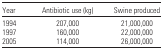
| Year | Antibiotic use (kg) | Swine produced |
 | --- | --- | --- |
 | 1994 | 207,000 | 21,000,000 |
 | 1997 | 160,000 | 22,000,000 |
 | 2005 | 114,000 | 26,000,000 |